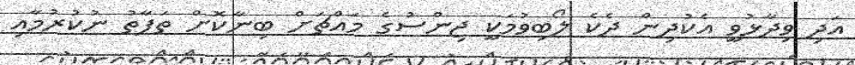
އަދި ވިދާޅުވީ އެކުދިން ދެކެ ލޯބިވުމަކީ ޖިންސުގެ މައްޗަށް ބިނާކޮށް ތަފާތު ނުކުރުމާއި